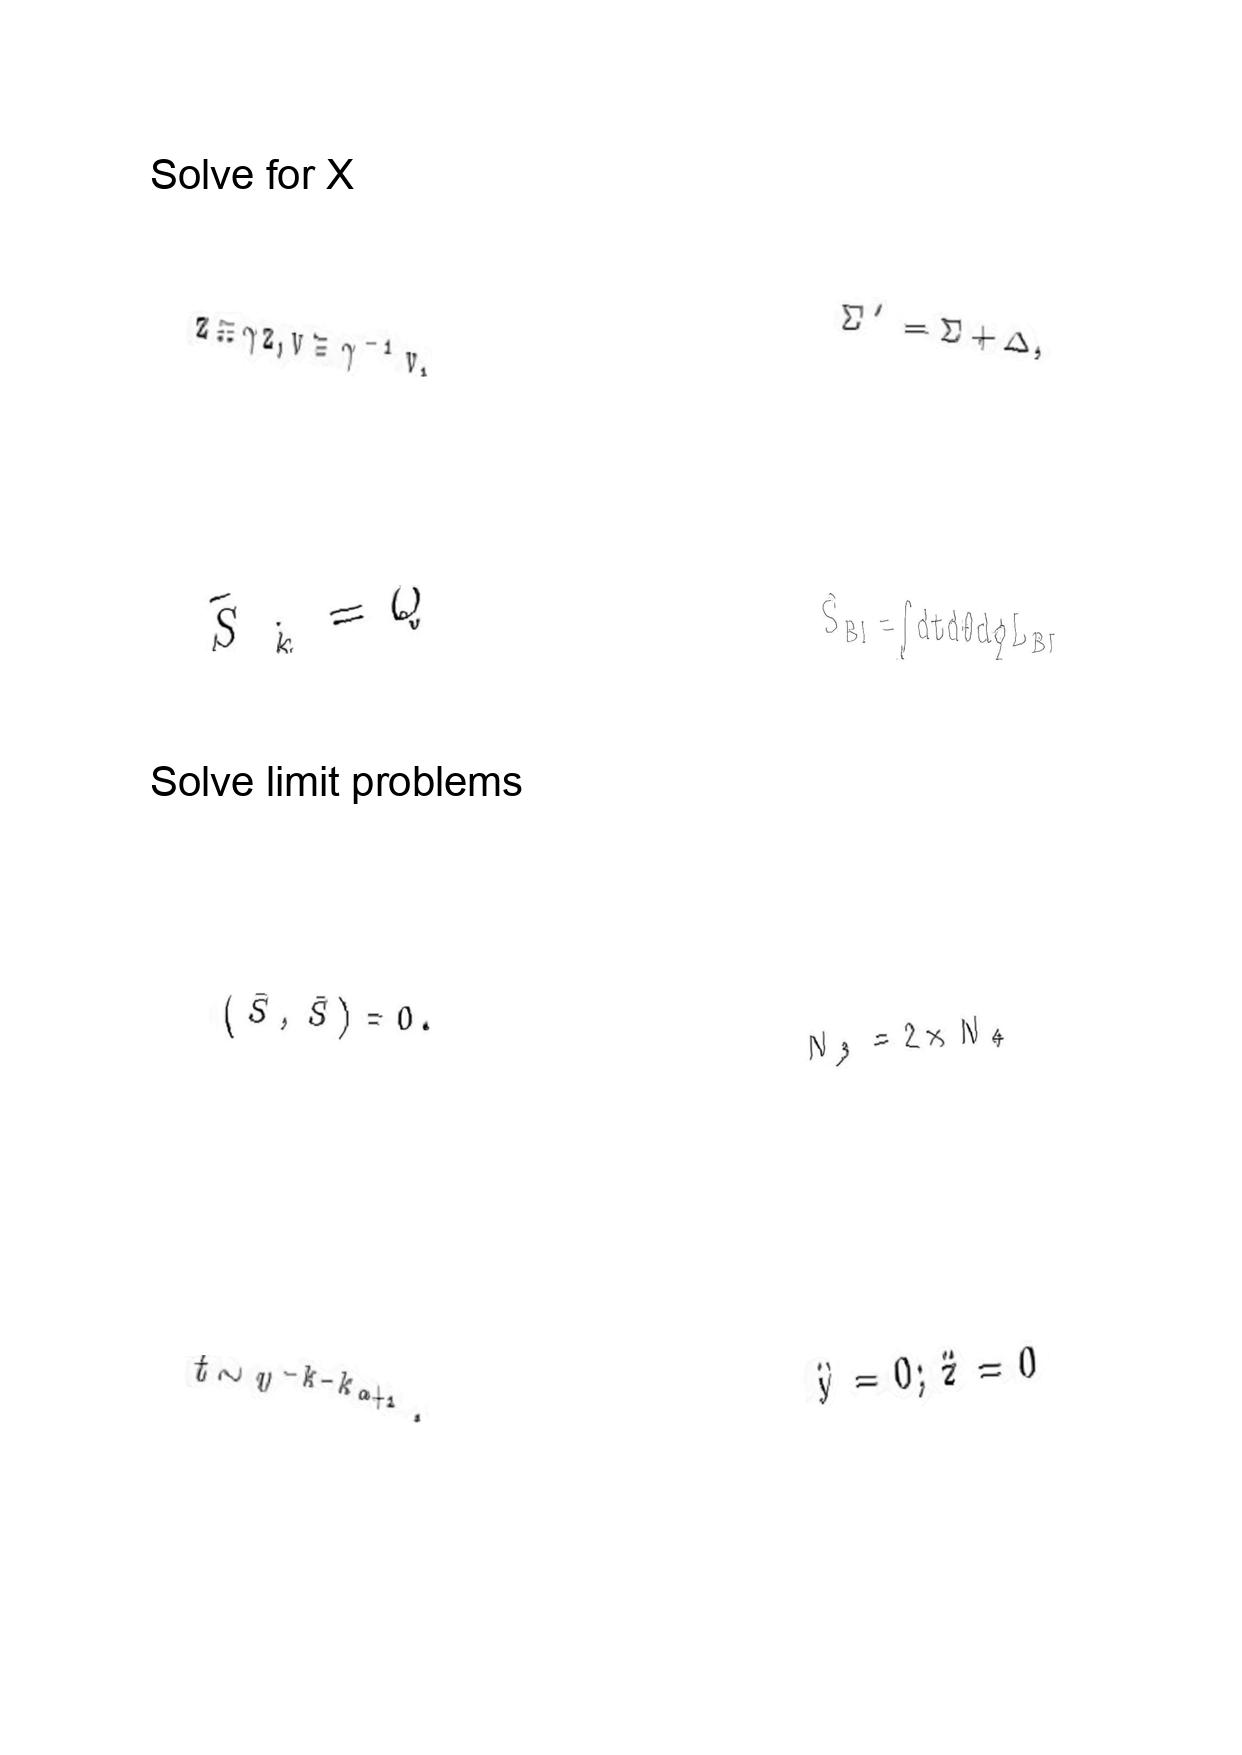
LaTeX transcription:
z \equiv \gamma z , v \equiv \gamma ^ { - 1 } v ,
\tilde { S } _ { \tilde { k } } = Q
\lparen \bar { S } , \bar { S } \rparen = 0 .
t \sim v ^ { - k - k _ { \alpha + 1 } } ,
\Sigma ^ { \prime } = \Sigma + \Delta ,
S _ { B I } = \int d t d \theta d \phi L _ { B I }
N _ { 3 } = 2 \times N _ { 4 }
\ddot { y } = 0 ; \ddot { z } = 0